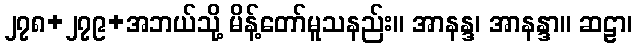
၂၇၈+၂၇၉+အဘယ်သို့ မိန့်တော်မူသနည်း။ အာနန္ဒ၊ အာနန္ဒာ။ ဆဠာ၊